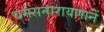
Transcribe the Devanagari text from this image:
चमसनारायणानें